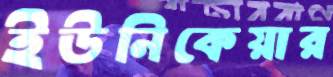
ইউনিকেয়ার